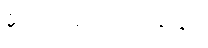
မိုးဥတုတွင် ပါဝင်သည်။